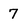
Character: 7